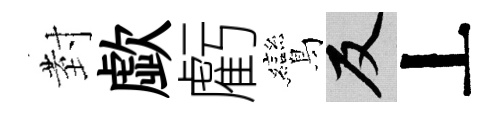
𭔹歔虧鸞反丄